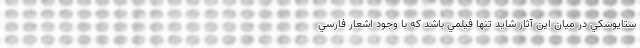
ستايوسكي در ميان اين آثار شايد تنها فيلمي باشد كه با وجود اشعار فارسي